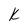
Character: k